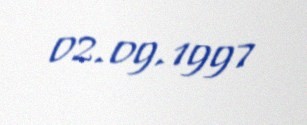
02.09.1997